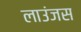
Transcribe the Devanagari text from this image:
लाउंजस